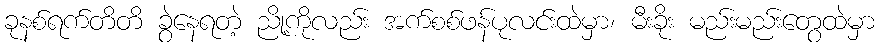
ခုနစ်ရက်တိတိ ခွဲနေရတဲ့ ညို့ကိုလည်း အက်စစ်ဖန်ပုလင်းထဲမှာ၊ မီးခိုး မည်းမည်းတွေထဲမှာ